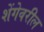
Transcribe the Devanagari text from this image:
शेंगेवरील